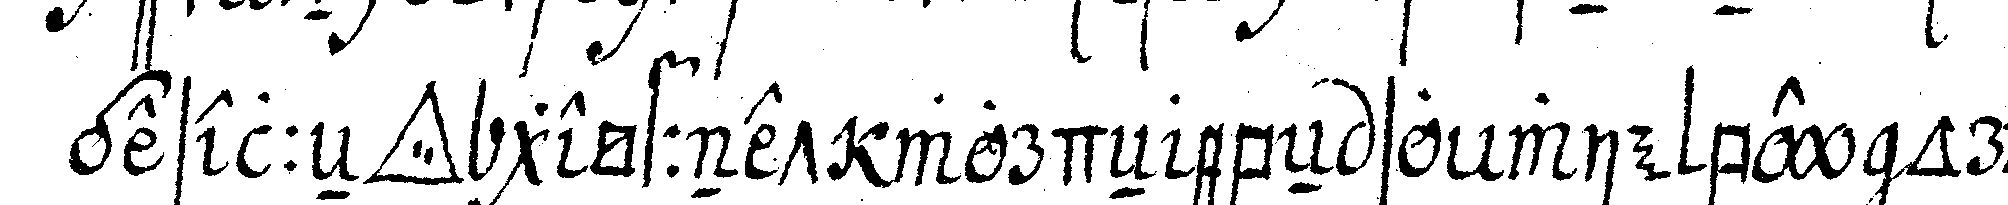
geselleN *tri..* geöffnet wordeN ebeN so wie bey ordi